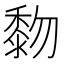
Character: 𪏵